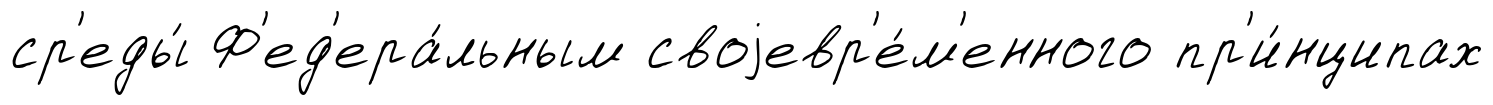
ср'еды́ Ф'ед'ера́льным своjевр'е́м'енного пр'и́нципах